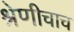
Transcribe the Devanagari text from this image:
श्रेणीचाच